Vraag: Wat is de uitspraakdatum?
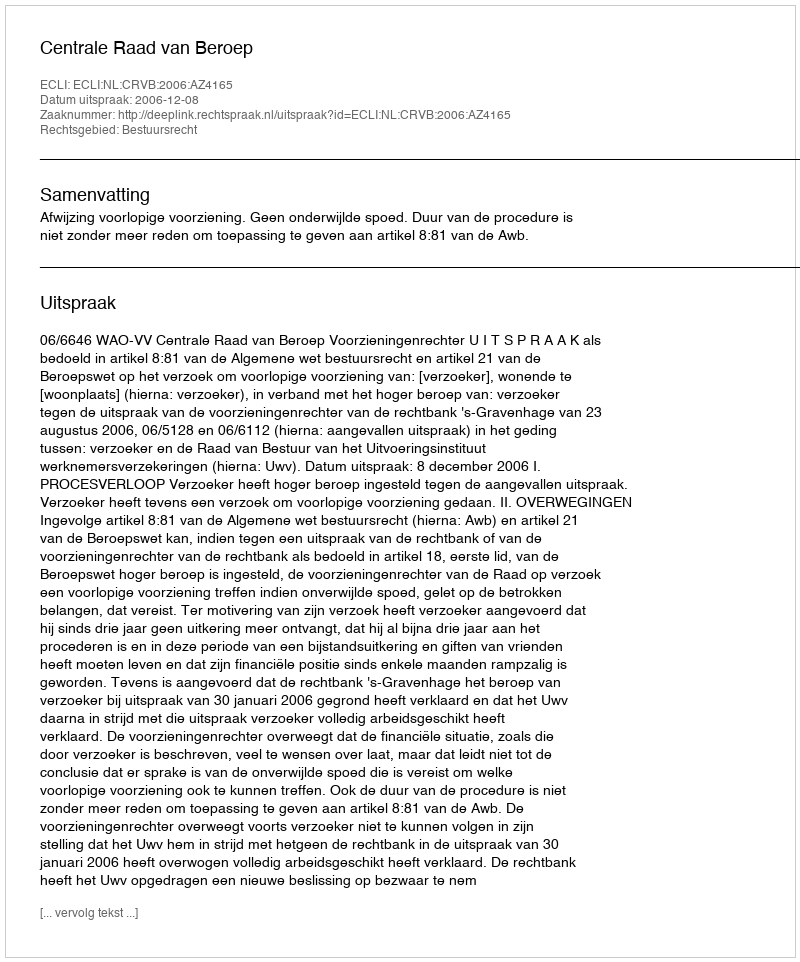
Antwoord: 2006-12-08